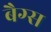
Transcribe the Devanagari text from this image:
बैग्‍स